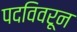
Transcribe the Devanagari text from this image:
पदविवरून